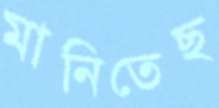
মানিতেছ